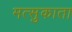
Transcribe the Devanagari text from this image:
मत्सुकाता